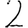
Digit: 2